system: You are a helpful assistant.
user:
Analyze the provided spectrum to determine if it is a **Carbon Star (C-type)**.

- **Key Visual Indicators of Carbon Star:**
    - **(Primary):** Strong molecular absorption from **C₂ (diatomic carbon) "Swan Bands."** This is the **defining feature** of a carbon star.
        - **(Key Bandheads):** Sharp absorption edges are visible at approximately $5635$ Å, $5165$ Å (the strongest band), and $4737$ Å.
        - **(Line Profile):** Creates a distinct **"saw-tooth"** pattern. The key morphology is a sharp, steep bandhead on the **red (long-wavelength) side**, which then gradually tapers off (i.e., flux recovers) towards the **blue (short-wavelength) side**. *(This is the direct opposite of the TiO bands seen in M-type stars)*.

    - **(Secondary):** Intense **CN (cyanogen)** molecular absorption bands.
        - **(Key Bandheads):** Located in the blue and violet regions of the spectrum (e.g., near $4215$ Å and $3883$ Å).
        - **(Morphology):** These bands are extremely broad and act as a "blanket," absorbing the vast majority of blue and violet light. This creates a characteristic **"cliff"** or **"steep drop-off"** in the spectrum's flux at short wavelengths.

    - **(Key Confirmation):** Strong **CH absorption band (G-band)**.
        - **(Key Bandhead):** Located around $4300$ Å. The contribution from CH molecules to this band is exceptionally strong.

    - **(Overall Spectrum):**
        - The continuum is severely "chopped up" by these deep molecular bands, especially C₂, rather than appearing as a smooth curve.
        - Due to the heavy CN and C₂ absorption in the blue-green, the vast majority of the star's flux is concentrated in the red part of the spectrum, giving the star its characteristic deep red color.

Think first, call **spectral_visualization_tool** if needed to examine features in detail, then provide your final answer. Your response must adhere to the following strict rules:
1.  **Overall Structure:** Your response must follow the format `<think>...</think> <tool_call>...</tool_call> (if a tool is used) <answer>...</answer>`.
2.  **Tool Usage Constraint:** You may only make **one** tool call per turn.
3.  **Final Answer Format:** In the `<answer>` tag, your conclusion must be inside a `\boxed{}` command (e.g., `\boxed{YES}`), followed by your justification.

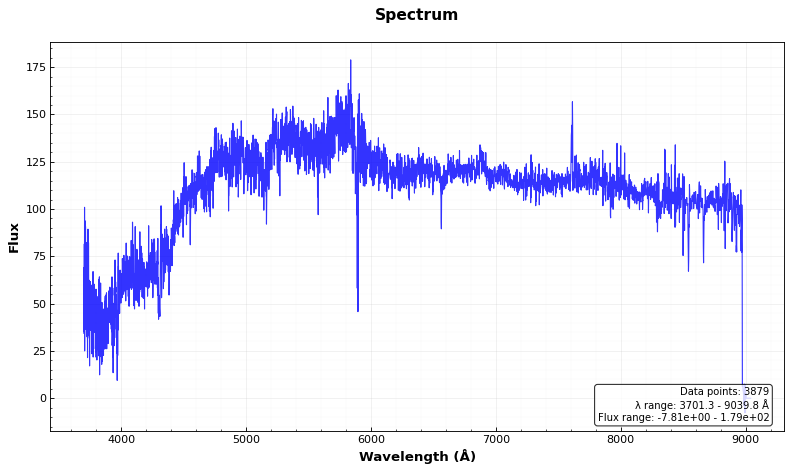
Answer: YES